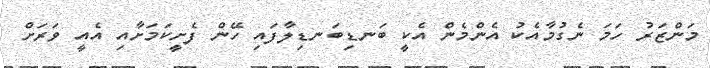
މަންޒަރު ހަމަ ނެގުމާއެކު އެންމެން އެކީ ބަނޑިބަނޑިލާފައި ހޭން ފެށީކަމަށާއި އެއީ ވަރަށް